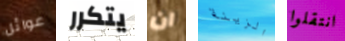
عوائل يتكرر ان الزينة انتقلوا